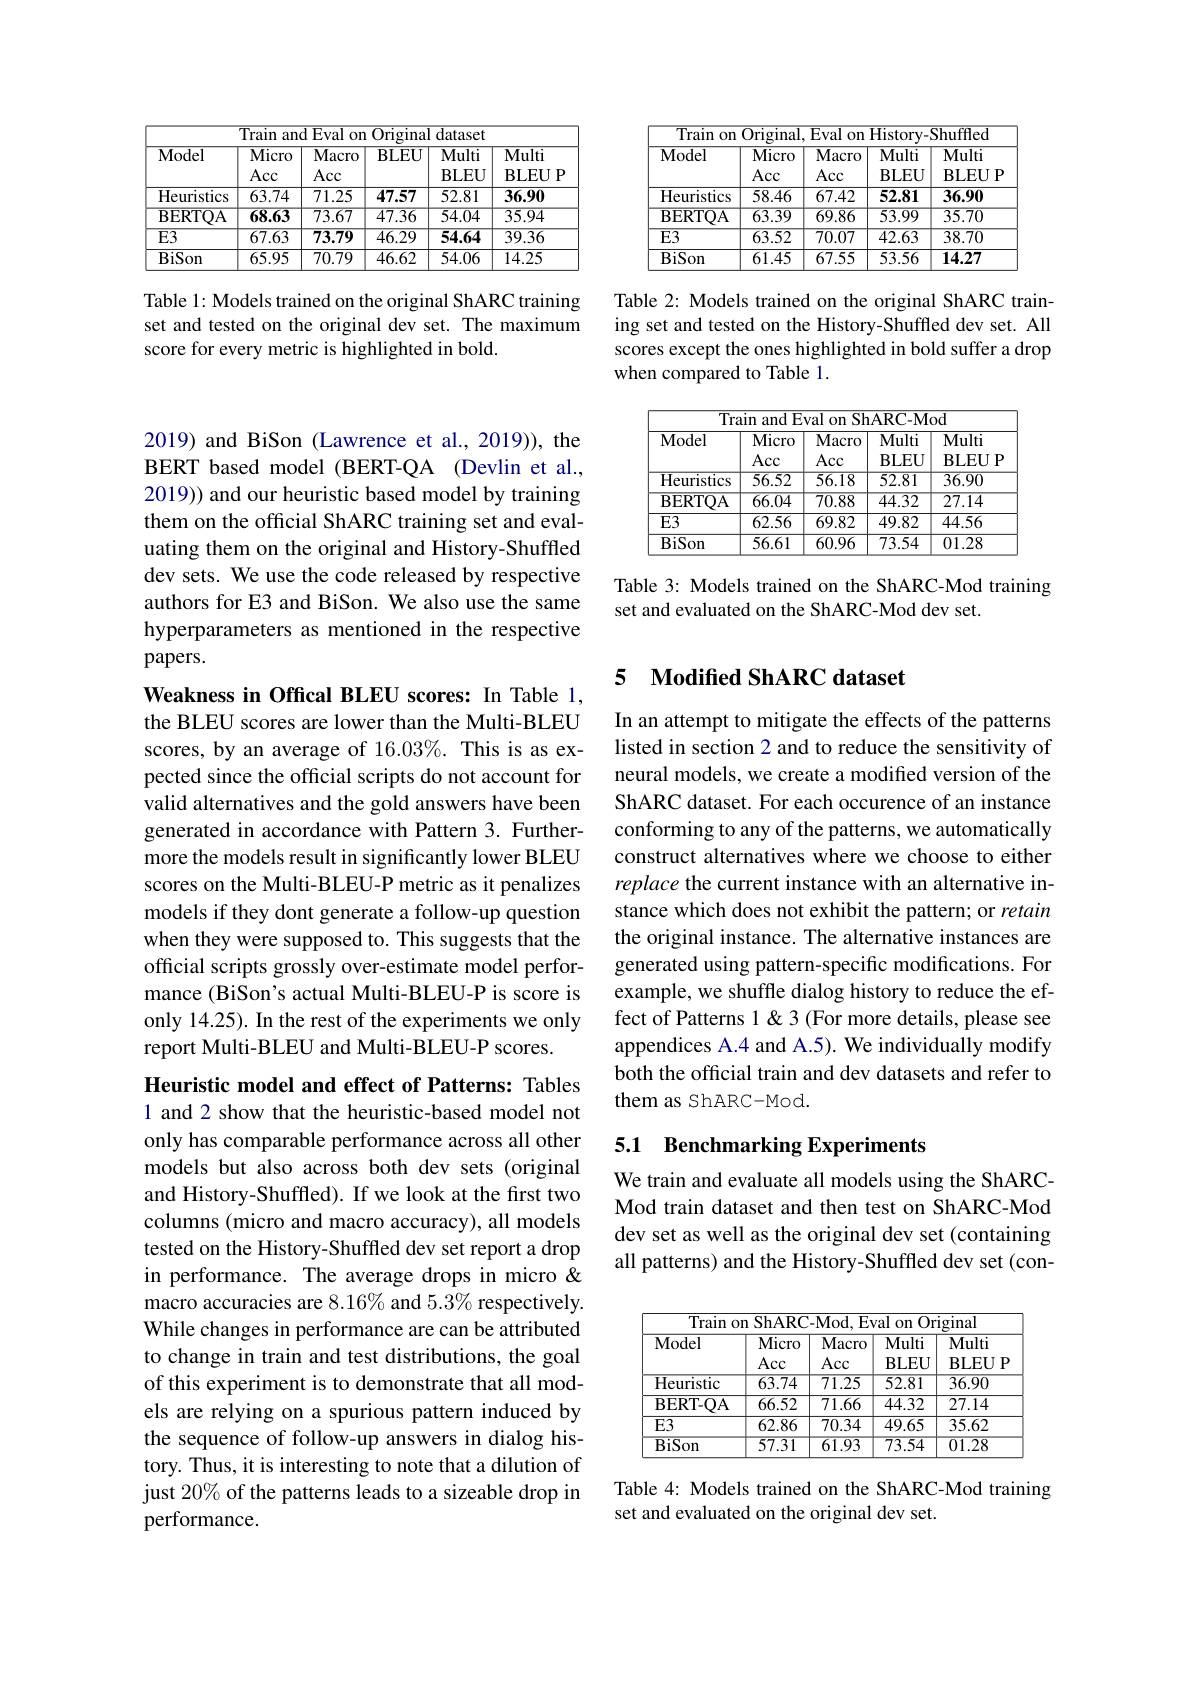
<table>
	<tbody>
		<tr>
			<th>Model</th>
			<th>Ilum cun $\overline{\text{Micro}}$ Acc</th>
			<th>ILYul $W.$ 1 $\overline{\text{Macro}}$ Acc</th>
			<th>${\mathrm{II}}_{\mathrm{E}}^{\mathrm{II}}$ · $\overline{\mathbf{BLEU}}$</th>
			<th>uatase $\overline{\text{Multi}}$ BLEU</th>
			<th>$\overline{\text{Multi}}$ $\mathbf{BLEUP}$</th>
		</tr>
		<tr>
			<td>Heuristics</td>
			<td>63.74</td>
			<td>71.25</td>
			<td>47.57</td>
			<td>52.81</td>
			<td>36.90</td>
		</tr>
		<tr>
			<td>$\mathbf{BERTQA}$</td>
			<td>$\overline{68.63}$</td>
			<td>$\overline{73.67}$</td>
			<td>$\overline{47.36}$</td>
			<td>54.04</td>
			<td>35.94</td>
		</tr>
		<tr>
			<td>$\overline{\mathrm{E3}}$</td>
			<td>$\overline{67.63}$</td>
			<td>73.79</td>
			<td>46.29</td>
			<td>54.64</td>
			<td>39.36</td>
		</tr>
		<tr>
			<td>BiSon</td>
			<td>65.95</td>
			<td>70.79</td>
			<td>46.62</td>
			<td>54.06</td>
			<td>14.25</td>
		</tr>
	</tbody>
</table>

Table 1: Models trained on the original ShARC training set and tested on the original dev set. The maximum score for every metric is highlighted in bold.

2019) and BiSon (Lawrence et al., 2019)), the BERT based model (BERT-QA (Devlin et al., 2019)) and our heuristic based model by training them on the official ShARC training set and evaluating them on the original and History-Shuffled dev sets. We use the code released by respective authors for E3 and BiSon. We also use the same hyperparameters as mentioned in the respective papers.

Weakness in Offical BLEU scores: In Table 1, the BLEU scores are lower than the Multi-BLEU scores, by an average of 16.03%. This is as expected since the official scripts do not account for valid alternatives and the gold answers have been generated in accordance with Pattern 3. Furthermore the models result in significantly lower BLEU scores on the Multi-BLEU-P metric as it penalizes models if they dont generate a follow-up question when they were supposed to. This suggests that the official scripts grossly over-estimate model performance (BiSon's actual Multi-BLEU-P is score is only 14.25). In the rest of the experiments we only report Multi-BLEU and Multi-BLEU-P scores.

Heuristic model and effect of Patterns: Tables 1 and 2 show that the heuristic-based model not only has comparable performance across all other models but also across both dev sets (original and History-Shuffled). If we look at the frst two columns (micro and macro accuracy), all models tested on the History-Shuffled dev set report a drop in performance. The average drops in micro & macro accuracies are $8.16\%$ and $5.3\%$ respectively. While changes in performance are can be attributed to change in train and test distributions, the goal of this experiment is to demonstrate that all models are relying on a spurious pattern induced by the sequence of follow-up answers in dialog history. Thus, it is interesting to note that a dilution of just 20% of the patterns leads to a sizeable drop in performance.

<table>
	<tbody>
		<tr>
			<th>Model</th>
			<th>$\overline{\text{Micro}}$ Acc</th>
			<th>$\overline{\text{Macro}}$ Acc</th>
			<th>$\overline{\text{Multi}}$ $BLEU$</th>
			<th>Multi $\mathbf{BLEUP}$</th>
		</tr>
		<tr>
			<td>Heuristics</td>
			<td>58.46</td>
			<td>67.42</td>
			<td>52.81</td>
			<td>36.90</td>
		</tr>
		<tr>
			<td>$\mathbf{BERTQA}$</td>
			<td>$\overline{63.39}$</td>
			<td>$\overline{69.86}$</td>
			<td>53.99</td>
			<td>$\overline{35.70}$</td>
		</tr>
		<tr>
			<td>$\overline{\mathrm{E3}}$</td>
			<td>63.52</td>
			<td>$\overline{70.07}$</td>
			<td>42.63</td>
			<td>$\overline{38.70}$</td>
		</tr>
		<tr>
			<td>BiSon</td>
			<td>61.45</td>
			<td>67.55</td>
			<td>53.56</td>
			<td>14.27</td>
		</tr>
	</tbody>
</table>

Table 2: Models trained on the original ShARC training set and tested on the History-Shuffled dev set. All scores except the ones highlighted in bold suffer a drop when compared to Table 1.

<table>
	<tbody>
		<tr>
			<th>Model</th>
			<th>Micro Acc</th>
			<th>Macro Acc</th>
			<th>Multi BLEU</th>
			<th>Multi $\mathbf{BLEUP}$</th>
		</tr>
		<tr>
			<td>$\overline{{\mathrm{Heuristics}}}$</td>
			<td>56.52</td>
			<td>$\overline{56.18}$</td>
			<td>$\overline{52.81}$</td>
			<td>$\overline{36.90}$</td>
		</tr>
		<tr>
			<td>$\overline{{\mathrm{BERTQA}}}$</td>
			<td>66.04</td>
			<td>$\overline{70.88}$</td>
			<td>44.32</td>
			<td>27.14</td>
		</tr>
		<tr>
			<td>$E3$</td>
			<td>$\overline{62.56}$</td>
			<td>69.82</td>
			<td>49.82</td>
			<td>$\overline{44.56}$</td>
		</tr>
		<tr>
			<td>BiSon</td>
			<td>$\overline{56.61}$</td>
			<td>60.96</td>
			<td>73.54</td>
			<td>01.28</td>
		</tr>
	</tbody>
</table>

Table 3: Models trained on the ShARC-Mod training
set and evaluated on the ShARC-Mod dev set.

## 5 Modified ShARC dataset

In an attempt to mitigate the effects of the patterns listed in section 2 and to reduce the sensitivity of neural models, we create a modified version of the ShARC dataset. For each occurence of an instance conforming to any of the patterns, we automatically construct alternatives where we choose to either replace the current instance with an alternative instance which does not exhibit the pattern; or retain the original instance. The alternative instances are generated using pattern-specific modifications. For example, we shuffle dialog history to reduce the effect of Patterns 1&3 (For more details, please see appendices A.4 and A.5). We individually modify both the official train and dev datasets and refer to them as ShARC-Mod.

### 5.1 Benchmarking Experiments

We train and evaluate all models using the ShARCMod train dataset and then test on ShARC-Mod dev set as well as the original dev set (containing all patterns) and the History-Shuffled dev set (con-

<table>
	<tbody>
		<tr>
			<th>Model</th>
			<th>Micro</th>
			<th>Macro</th>
			<th>Multi $RI$ $\mathbf{F.II}$  1</th>
			<th>Multi $\mathbf{RI},\mathbf{FI}|$  </th>
		</tr>
		<tr>
			<td>$\overline{{\mathrm{Heuristic}}}$</td>
			<td>$\overline{63.74}$</td>
			<td>$\overline{71.25}$</td>
			<td>52.81</td>
			<td>$\overline{36.90}$</td>
		</tr>
		<tr>
			<td>BERT- QA</td>
			<td>66.52</td>
			<td>71.66</td>
			<td>44.32</td>
			<td>27.14</td>
		</tr>
		<tr>
			<td>$E3$</td>
			<td>$\overline{62.86}$</td>
			<td>70.34</td>
			<td>49.65</td>
			<td>35.62</td>
		</tr>
		<tr>
			<td>$\overline{BiSon}$</td>
			<td>$\overline{57.31}$</td>
			<td>$\overline{61.93}$</td>
			<td>$\overline{73.54}$</td>
			<td>$\overline{01.28}$</td>
		</tr>
	</tbody>
</table>

Table 4: Models trained on the ShARC-Mod training
set and evaluated on the original dev set.